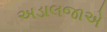
અડાલજાએ